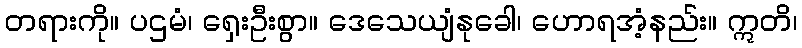
တရားကို။ ပဌမံ၊ ရှေးဦးစွာ။ ဒေသေယျံနုခေါ၊ ဟောရအံ့နည်း။ ဣတိ၊